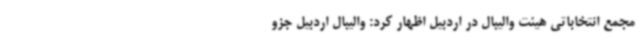
مجمع انتخاباتی هیئت والیبال در اردبیل اظهار کرد: والیبال اردبیل جزو